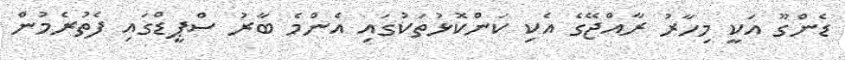
ޑެންގޫ އަކީ މިހާރު ރާއްޖޭގެ އެކި ކަންކޮޅުތަކުގައި އެންމެ ބާރު ސްޕީޑްގައި ފެތުރެމުން